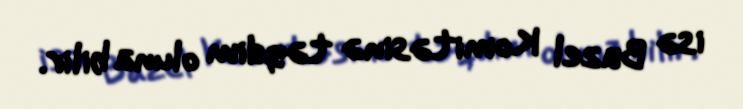
isə Bazel Komitəsinə təqdim oluna bilir.